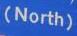
(north)